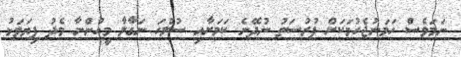
ނަމަވެސް ހަމަނުޖެހުމަކަށް ފުރުސަތު ނުދޭނެ ކަމަށާއި ސުލްހަ ނަގާލާ މީހުންނާ މެދު ފިޔަވަޅު